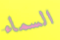
السماء